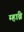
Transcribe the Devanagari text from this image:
म्हांब्रे